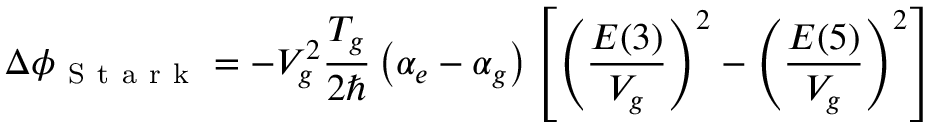
\Delta \phi _ { \mathrm { ~ S ~ t ~ a ~ r ~ k ~ } } = - V _ { g } ^ { 2 } \frac { T _ { g } } { 2 \hbar } \left( \alpha _ { e } - \alpha _ { g } \right) \left[ \left( \frac { E ( 3 ) } { V _ { g } } \right) ^ { 2 } - \left( \frac { E ( 5 ) } { V _ { g } } \right) ^ { 2 } \right]